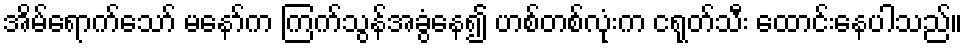
အိမ်ရောက်သော် မနော်က ကြက်သွန်အခွံနေ၍ ဟစ်တစ်လုံးက ငရုတ်သီး ထောင်းနေပါသည်။